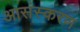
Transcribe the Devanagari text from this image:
आसंस्करण